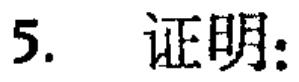
5. 证明：